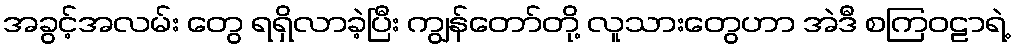
အခွင့်အလမ်း တွေ ရရှိလာခဲ့ပြီး ကျွန်တော်တို့ လူသားတွေဟာ အဲဒီ စကြဝဠာရဲ့